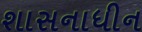
શાસનાધીન